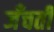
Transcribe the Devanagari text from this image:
जँचती